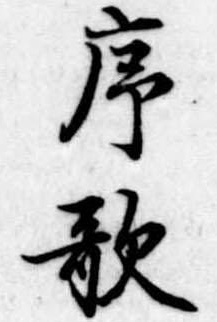
序歌